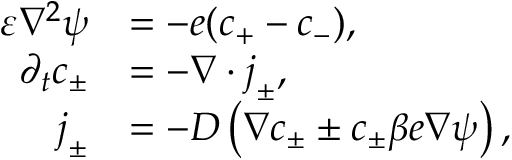
\begin{array} { r l } { \varepsilon \nabla ^ { 2 } \psi } & { = - e ( c _ { + } - c _ { - } ) , } \\ { \partial _ { t } c _ { \pm } } & { = - \boldsymbol { \nabla } \cdot \boldsymbol { j } _ { \pm } , } \\ { \boldsymbol { j } _ { \pm } } & { = - D \left( \boldsymbol { \nabla } c _ { \pm } \pm c _ { \pm } \beta e \boldsymbol { \nabla } \psi \right) , } \end{array}